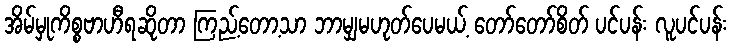
အိမ်မှုကိစ္စဗာဟီရဆိုတာ ကြည့်တော့သာ ဘာမျှမဟုတ်ပေမယ့် တော်တော်စိတ် ပင်ပန်း လူပင်ပန်း